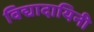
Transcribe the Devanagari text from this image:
विद्यादायिनी